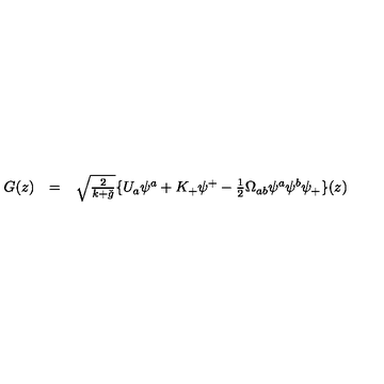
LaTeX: \begin{array} { l l l } { G ( z ) } & { = } & { \sqrt { \frac { 2 } { k + \check { g } } } \{ U _ { a } \psi ^ { a } + K _ { + } \psi ^ { + } - \frac { 1 } { 2 } \Omega _ { a b } \psi ^ { a } \psi ^ { b } \psi _ { + } \} ( z ) } \\ \end{array}